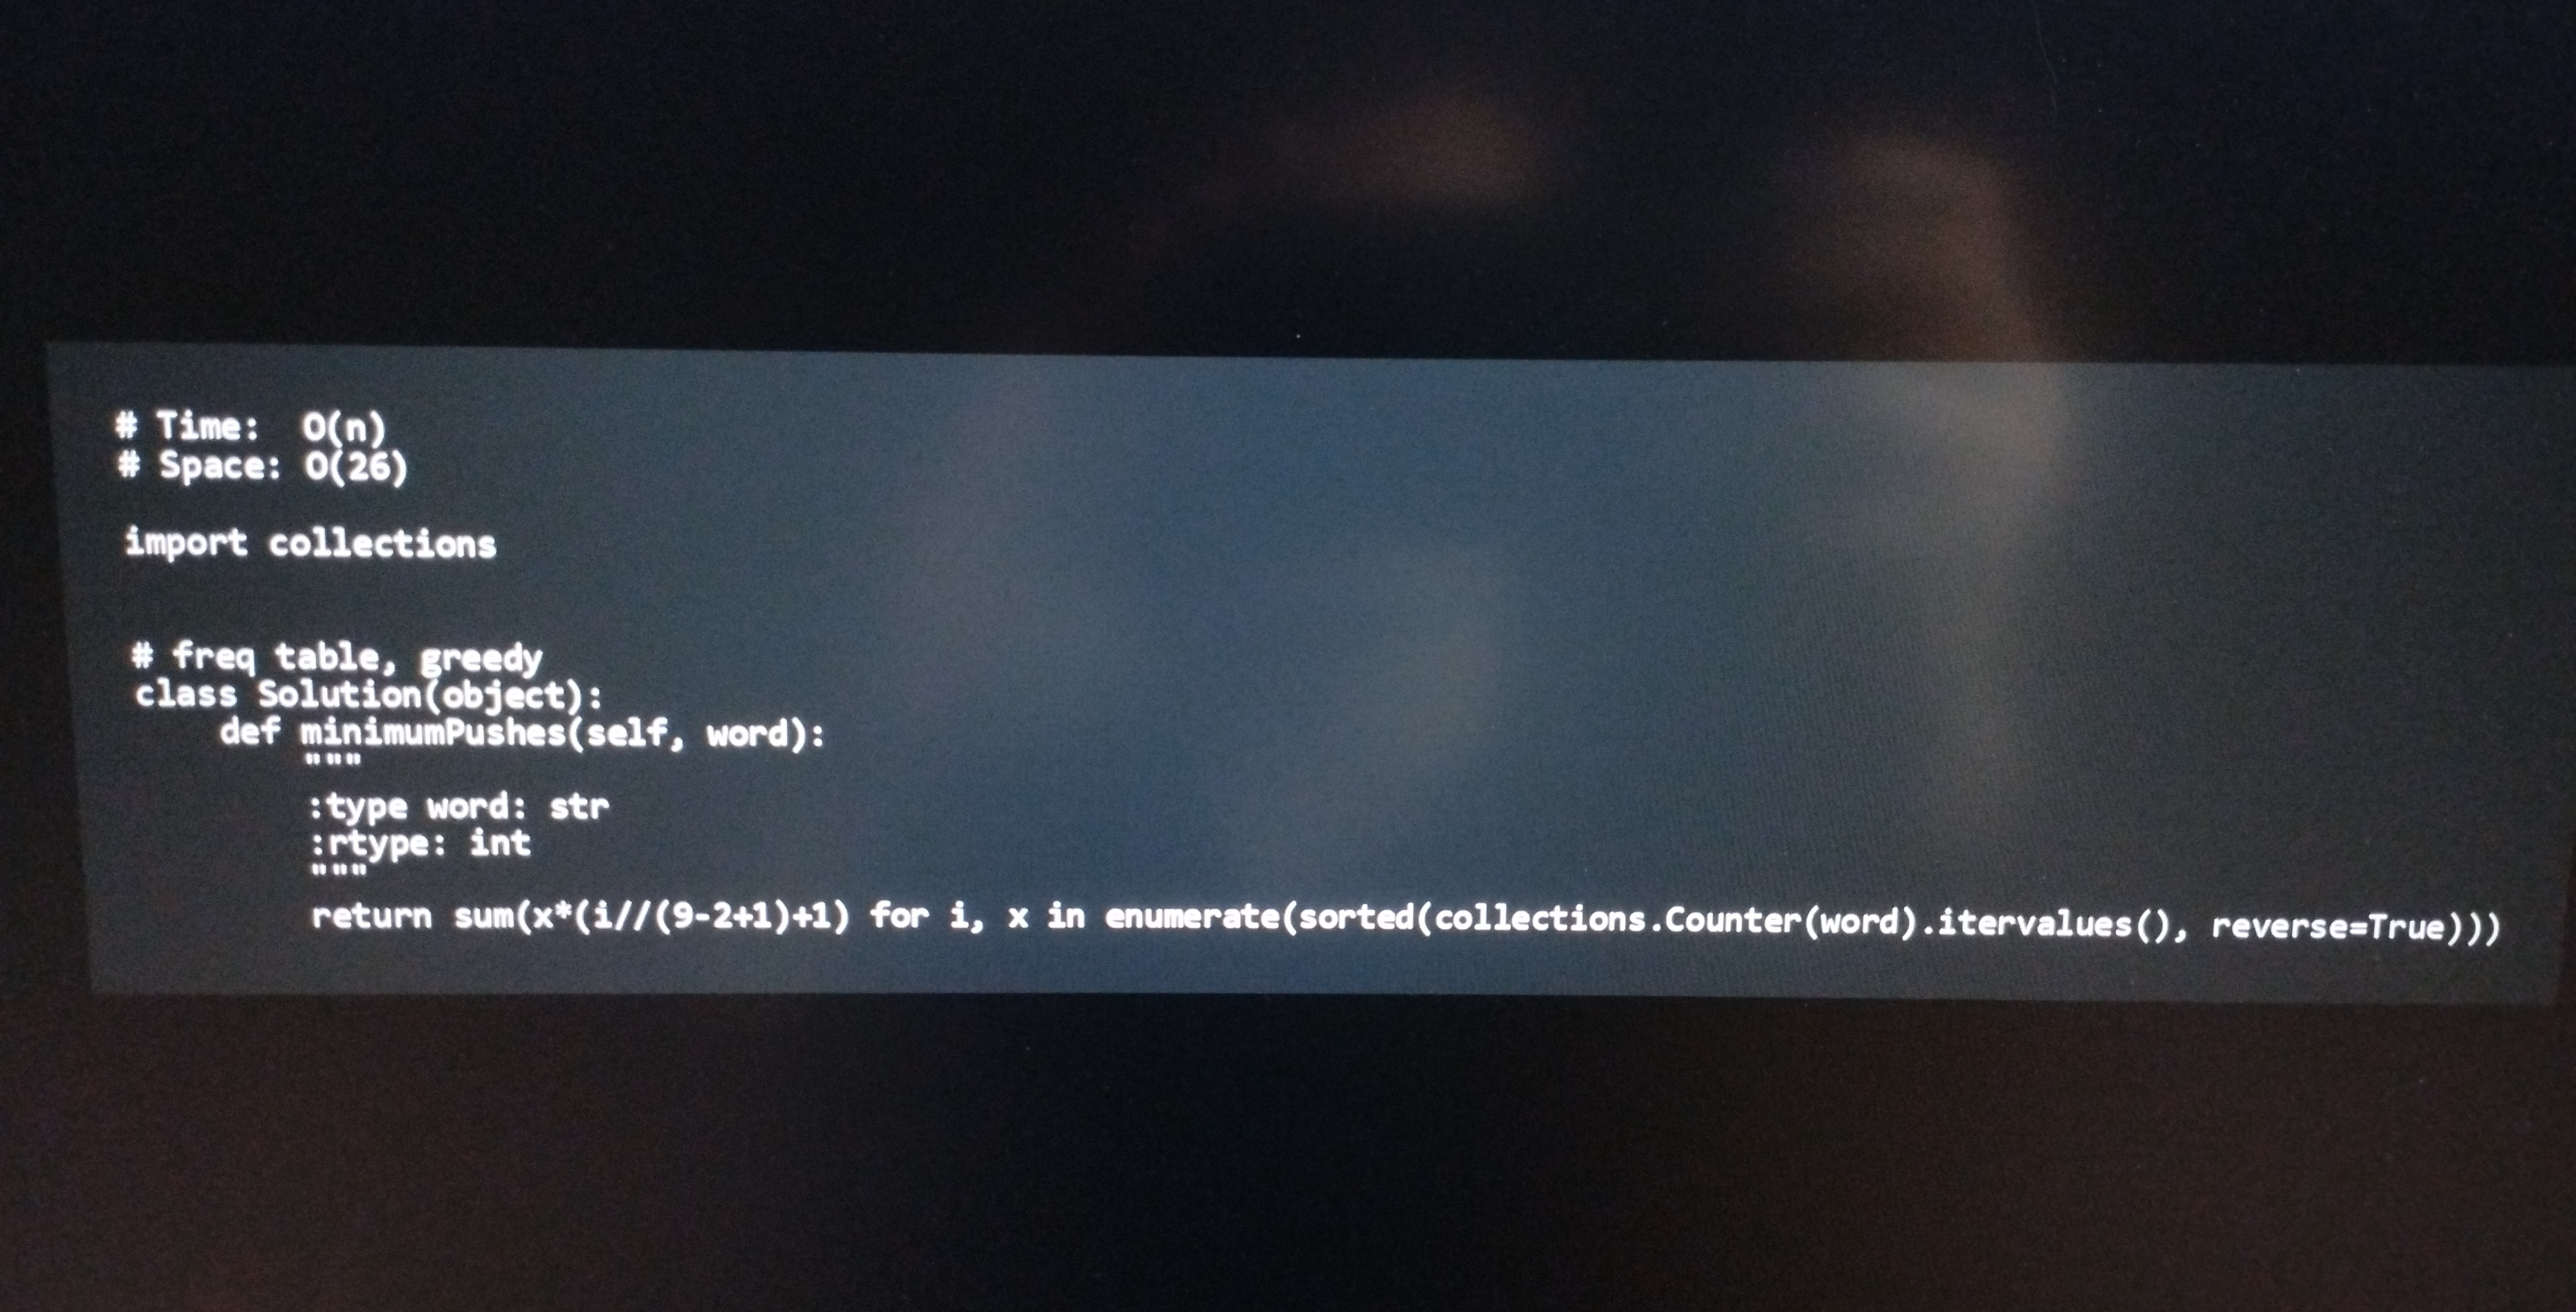
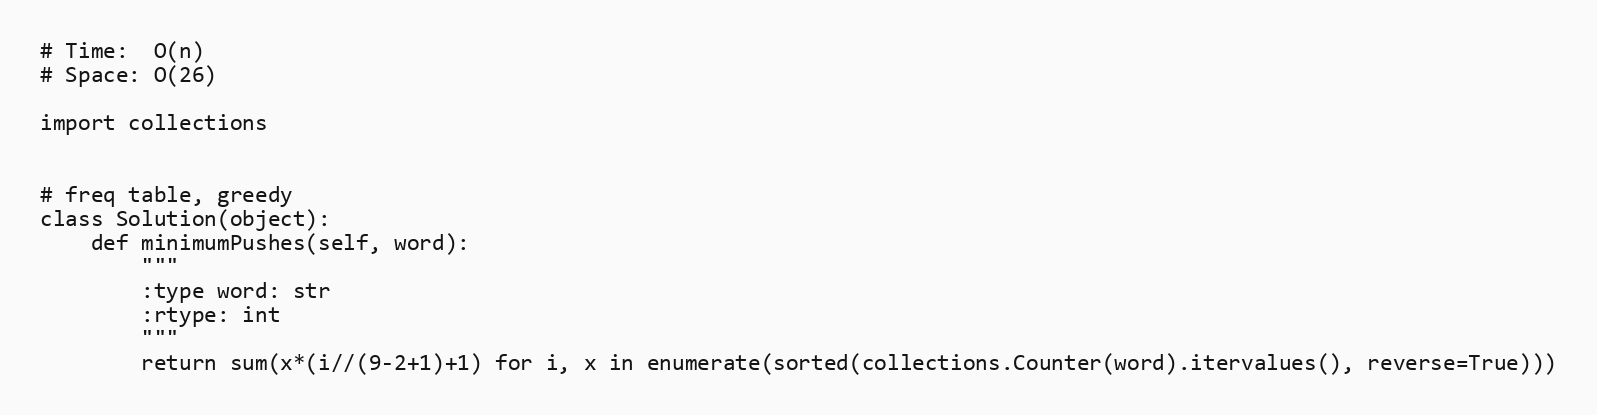
# Time:  O(n)
# Space: O(26)

import collections

# freq table, greedy
class Solution(object):
    def minimumPushes(self, word):
        """
        :type word: str
        :rtype: int
        """
        return sum(x*(i//(9-2+1)+1) for i, x in enumerate(sorted(collections.Counter(word).itervalues(), reverse=True)))